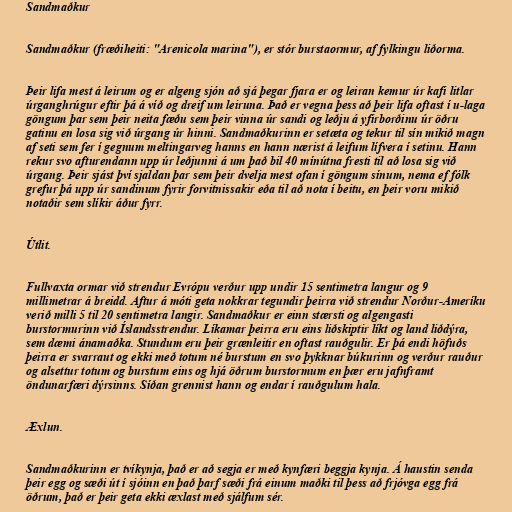
Sandmaðkur

Sandmaðkur (fræðiheiti: "Arenicola marina"), er stór burstaormur, af fylkingu liðorma.

Þeir lifa mest á leirum og er algeng sjón að sjá þegar fjara er og leiran kemur úr kafi litlar
úrganghrúgur eftir þá á víð og dreif um leiruna. Það er vegna þess að þeir lifa oftast í u-laga
göngum þar sem þeir neita fæðu sem þeir vinna úr sandi og leðju á yfirborðinu úr öðru
gatinu en losa sig við úrgang úr hinni. Sandmaðkurinn er setæta og tekur til sín mikið magn
af seti sem fer í gegnum meltingarveg hanns en hann nærist á leifum lífvera í setinu. Hann
rekur svo afturendann upp úr leðjunni á um það bil 40 mínútna fresti til að losa sig við
úrgang. Þeir sjást því sjaldan þar sem þeir dvelja mest ofan í göngum sínum, nema ef fólk
grefur þá upp úr sandinum fyrir forvitnissakir eða til að nota í beitu, en þeir voru mikið
notaðir sem slíkir áður fyrr.

Útlit.

Fullvaxta ormar við strendur Evrópu verður upp undir 15 sentimetra langur og 9
millimetrar á breidd. Aftur á móti geta nokkrar tegundir þeirra við strendur Norður-Ameríku
verið milli 5 til 20 sentimetra langir. Sandmaðkur er einn stærsti og algengasti
burstormurinn við Íslandsstrendur. Líkamar þeirra eru eins liðskiptir líkt og land liðdýra,
sem dæmi ánamaðka. Stundum eru þeir grænleitir en oftast rauðgulir. Er þá endi höfuðs
þeirra er svarraut og ekki með totum né burstum en svo þykknar búkurinn og verður rauður
og alsettur totum og burstum eins og hjá öðrum burstormum en þær eru jafnframt
öndunarfæri dýrsinns. Síðan grennist hann og endar í rauðgulum hala.

Æxlun.

Sandmaðkurinn er tvíkynja, það er að segja er með kynfæri beggja kynja. Á haustin senda
þeir egg og sæði út í sjóinn en það þarf sæði frá einum maðki til þess að frjóvga egg frá
öðrum, það er þeir geta ekki æxlast með sjálfum sér.